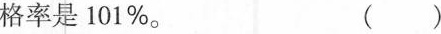
格率是101%。 ()